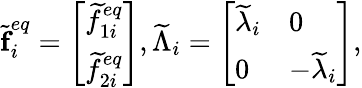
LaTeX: \widetilde{\textbf{f}}_{i}^{eq}=\left[\begin{array}{l}{\widetilde{f}_{1i}^{eq}}\\ {\widetilde{f}_{2i}^{eq}}\end{array}\right],\widetilde{\Lambda}_{i}=\left[\begin{array}{ll}{\widetilde{\lambda}_{i}}&{0}\\ {0}&{-\widetilde{\lambda}_{i}}\end{array}\right],